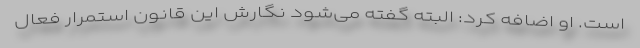
است. او اضافه کرد: البته گفته می‌شود نگارش این قانون استمرار فعال